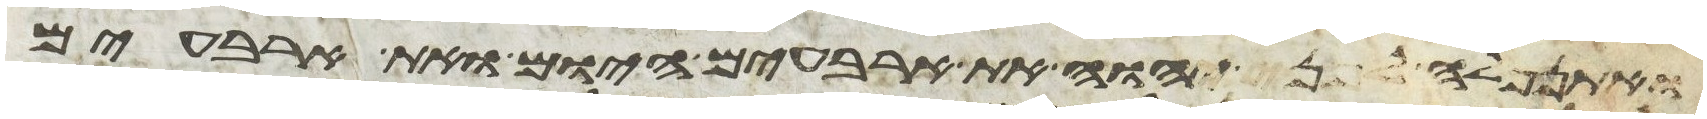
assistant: ואתנפלה לפני יהוה את ארבעים היום ואת ארבעים